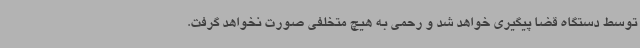
توسط دستگاه قضا پیگیری خواهد شد و رحمی به هیچ متخلفی صورت نخواهد گرفت.